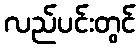
လည်ပင်းတွင်